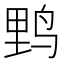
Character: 𮭧